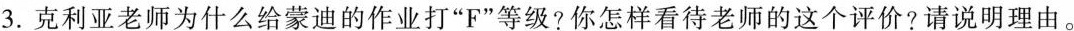
3.克利亚老师为什么给蒙迪的作业打”F”等级?你怎样看待老师的这个评价?请说明理由。